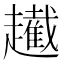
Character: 䟌